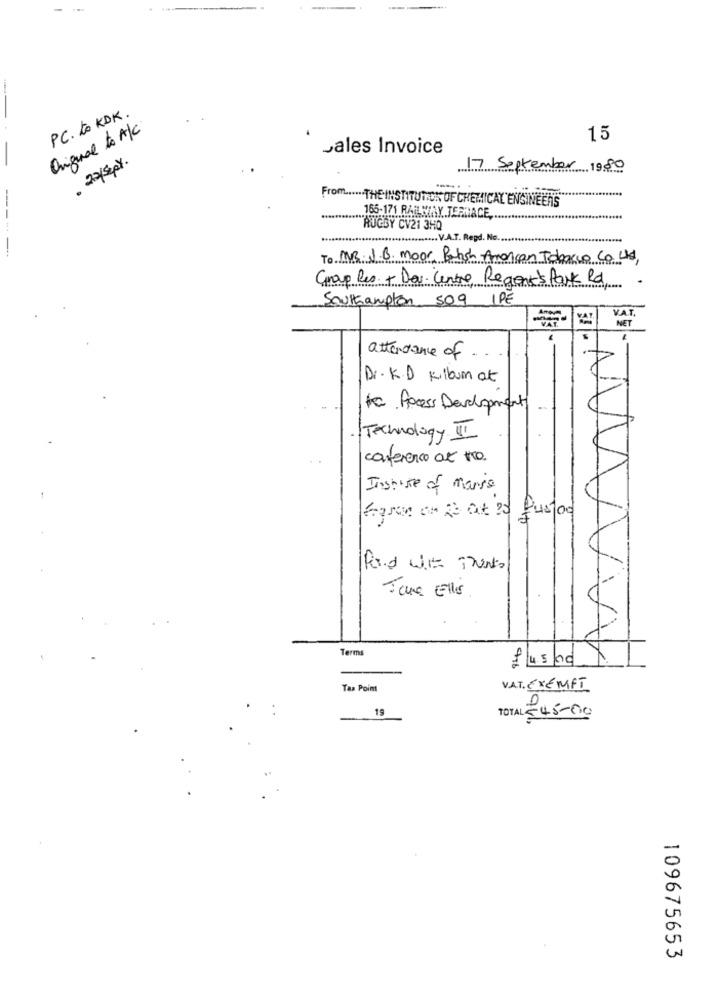
PC. to KDK.
Original to A/C
15
sales Invoice
-
· 22/5 px.
7September 1980
From ...... THE INSTITUTION OF CHEMICAL ENGINEERS"
----
165-171 RAILWAY TERRACE ,.
RUGBY CV21 3HQ
. V.A.T. Regd. No ..
---
To MYB. J.B. moor Butsh Amoncan Tobacco Co Ud,
Group Res.+ Dev. Centre Regent's Park Rd,
.
Southampton 509 IPE
NET
attendance of ..
Dr.K.D Killbum at
Kc. Access Development
Technology. I
conference at tro
Inspite of maris
ford with Theants
Jana Ello
Terms
£ 45 00
Taa Point
VAT. EXEMPT
19
TOTAL 345-00
109675653